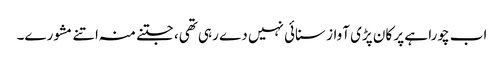
اب چورا ہے پر کان پڑی آواز سنائی نہیں دے رہی تھی، جتنے منہ اتنے مشورے۔